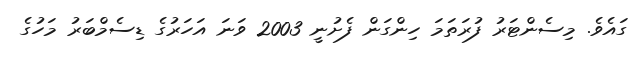
ގައެވެ. މިސެންޓަރު ފުރަތަމަ ހިންގަން ފެށުނީ 2003 ވަނަ އަހަރުގެ ޑިސެމްބަރު މަހުގެ